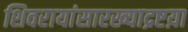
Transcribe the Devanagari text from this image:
शिवरायांसारख्याद्रष्टय़ा